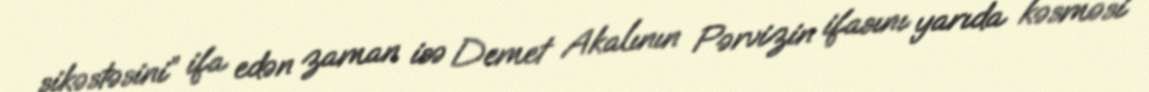
şikəstəsini” ifa edən zaman isə Demet Akalının Pərvizin ifasını yarıda kəsməsi